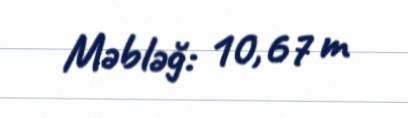
Məbləğ: 10,67 m